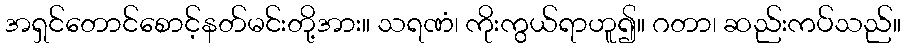
အရှင်တောင်စောင့်နတ်မင်းတို့အား။ သရဏံ၊ ကိုးကွယ်ရာဟူ၍။ ဂတာ၊ ဆည်းကပ်သည်။